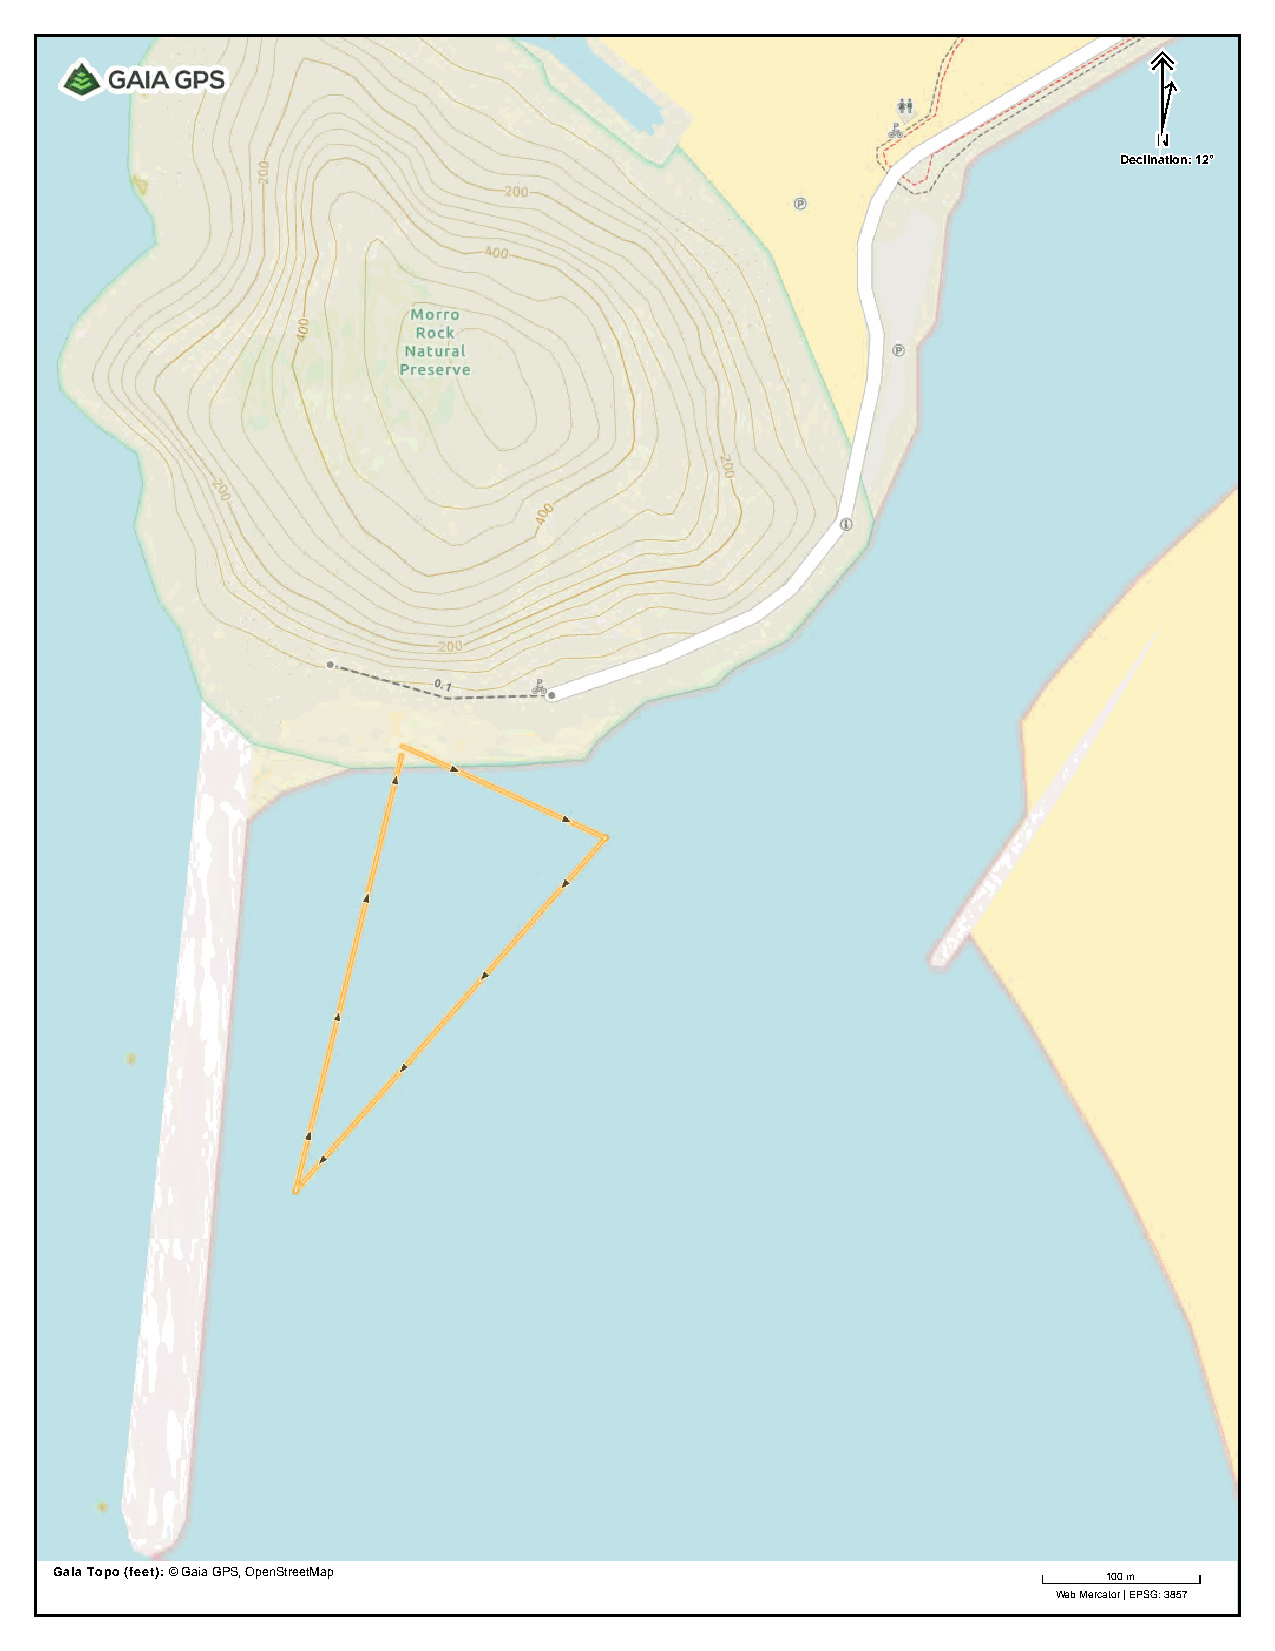
NN
 DDeecclliinnaattiioonn:: 1122°°
 Gaia Topo (feet): © Gaia GPS, OpenStreetMap                           100 m
 Web Mercator | EPSG: 3857